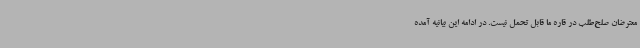
معترضان صلح‌طلب در قاره ما قابل تحمل نیست. در ادامه این بیانیه آمده